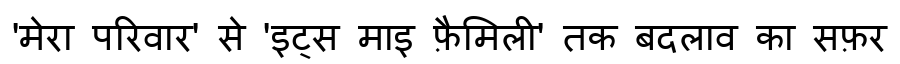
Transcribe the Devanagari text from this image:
'मेरा परिवार' से 'इट्स माइ फ़ैमिली' तक बदलाव का सफ़र